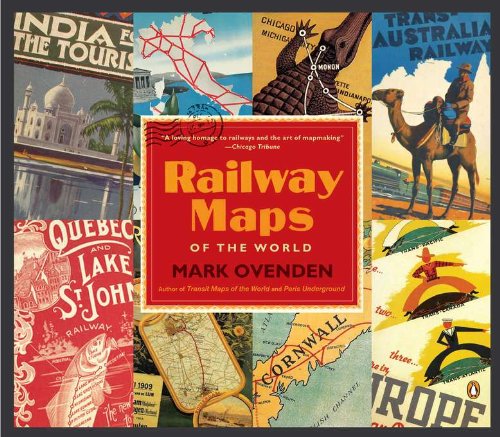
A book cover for Railway Maps of the World; Mark Ovenden; Arts & Photography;